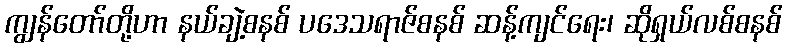
ကျွန်တော်တို့ဟာ နယ်ချဲ့စနစ် ပဒေသရာဇ်စနစ် ဆန့်ကျင်ရေး၊ ဆိုရှယ်လစ်စနစ်